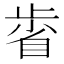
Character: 𣦉